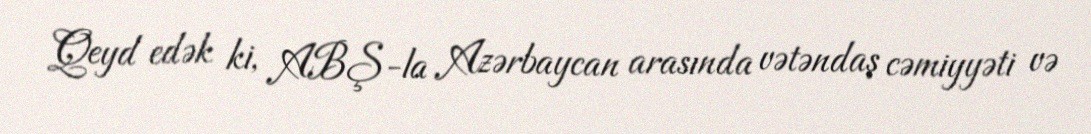
Qeyd edək ki, ABŞ-la Azərbaycan arasında vətəndaş cəmiyyəti və